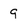
Character: 9